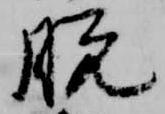
脱